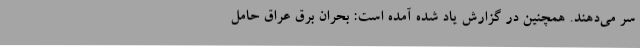
سر می‌دهند. همچنین در گزارش یاد شده آمده است: بحران برق عراق حامل